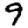
Digit: 9